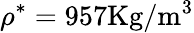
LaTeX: \rho^{*}=957\mathrm{Kg/m^{3}}